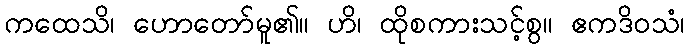
ကထေသိ၊ ဟောတော်မူ၏။ ဟိ၊ ထိုစကားသင့်စွ။ ဧကဒိဝသံ၊